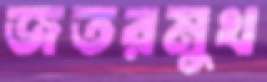
জতরমুখ